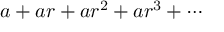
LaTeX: a + a r + a r ^ { 2 } + a r ^ { 3 } + \cdots